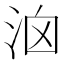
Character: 𣳦